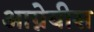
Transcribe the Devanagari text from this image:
आग्नेयीस